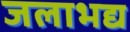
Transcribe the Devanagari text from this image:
जलाभद्य